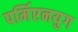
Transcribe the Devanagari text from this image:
पर्मिएनयुग